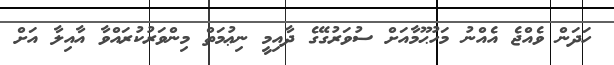
ހަދަން ވެއްޖެ އެއްނު މަހުޙޫމާއަށް ސުވަރުގޭގެ ދާއިމީ ނިޢުމަތް މިންވަރުކުރައްވާ އާއިލާ އަށް